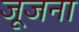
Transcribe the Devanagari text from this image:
जूजना